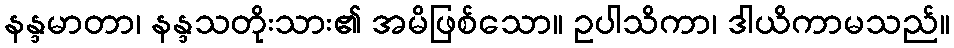
နန္ဒမာတာ၊ နန္ဒသတိုးသား၏ အမိဖြစ်သော။ ဥပါသိကာ၊ ဒါယိကာမသည်။